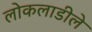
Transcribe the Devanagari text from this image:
लोकलाडीले